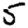
Digit: 5